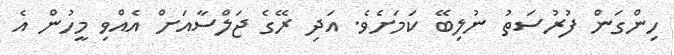
ހިންގަން ފުރުސަތު ނުލިބޭ ކަމަށެވެ. އަދި ރޭގެ ޖަލްސާއަށް އެއްވި މީހުން އެ